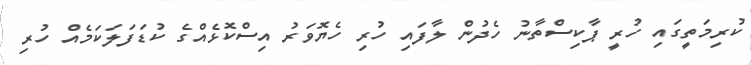
ކުރިމަތީގައި ހުރީ ޕާކިސްތާނު ހެދުން ލާފައި ހުރި ހެޔޮވަރު އިސްކޮޅެއްގެ ކުޑަފަލަކަމެއް ހުރި